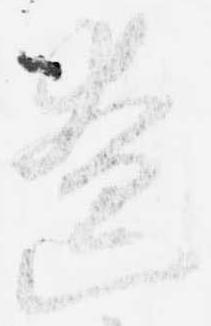
遼